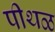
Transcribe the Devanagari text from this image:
पीथळ